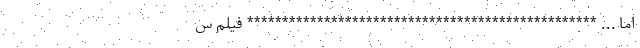
اما ... ************************************************** فیلم س